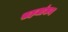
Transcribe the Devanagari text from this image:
सहजांकन